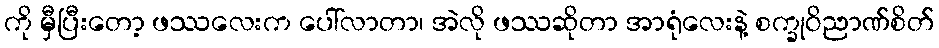
ကို မှီပြီးတော့ ဖဿလေးက ပေါ်လာတာ၊ အဲလို ဖဿဆိုတာ အာရုံလေးနဲ့ စက္ခုဝိညာဏ်စိတ်